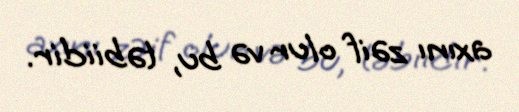
axını zəif olur və bu, təbiidir.